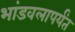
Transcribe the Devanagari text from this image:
भांडवलापर्यंत